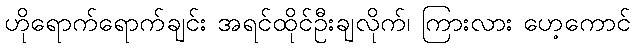
ဟိုရောက်ရောက်ချင်း အရင်ထိုင်ဦးချလိုက်၊ ကြားလား ဟေ့ကောင်